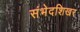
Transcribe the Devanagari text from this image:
संभेदशिखर